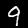
Label: 9